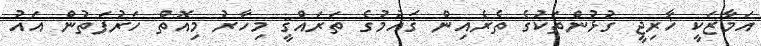
އަމާޒަކީ ޚާރިޖީ ގުޅުންތަކުގެ ތެރެއިން ޤައުމުގެ ތަރައްޤީ މިހާރު މިއޮތް ހަރުފަތުން އައު